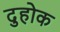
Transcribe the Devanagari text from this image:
दुहोक